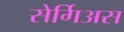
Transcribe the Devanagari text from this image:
सेर्गिअस